Scottish Leaving Certificate Examination, 1956
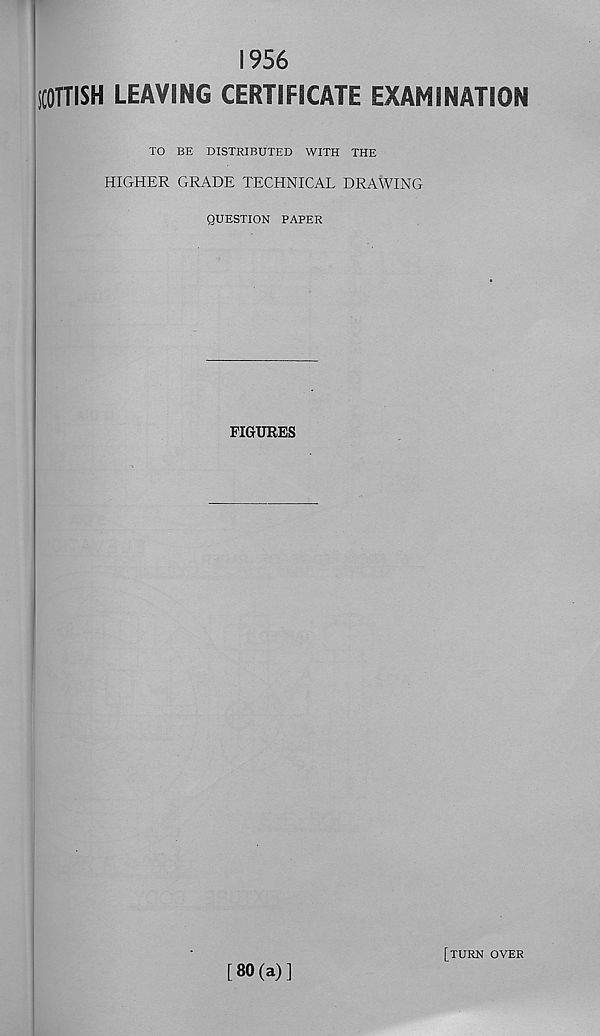
1956
iCOTTISH LEAVING CERTIFICATE EXAMINATION
TO BE DISTRIBUTED WITH THE
HIGHER GRADE TECHNICAL DRAWING
QUESTION PAPER
FIGURES
[80(a)]
[turn over